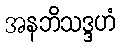
အနဘိသဒ္ဒဟံ